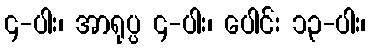
၄-ပါး၊ အာရုပ္ပ ၄-ပါး၊ ပေါင်း ၁၃-ပါး၊